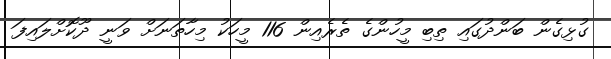
ގުޅިގެން ބަންދުގައި ތިބި މީހުންގެ ތެރެއިން 116 މީހަކު މިހާތަނަށް ވަނީ ދޫކޮށްލައިފަ